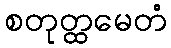
စတုတ္ထမေတံ